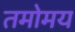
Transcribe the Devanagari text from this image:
तमोमय